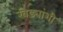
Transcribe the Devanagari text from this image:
खेड्यांशी